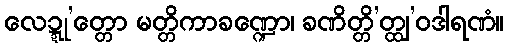
လေဍ္ဍု’တ္တော မတ္တိကာခဏ္ဍော၊ ခဏိတ္တိ’တ္ထျ’ဝဒါရဏံ။